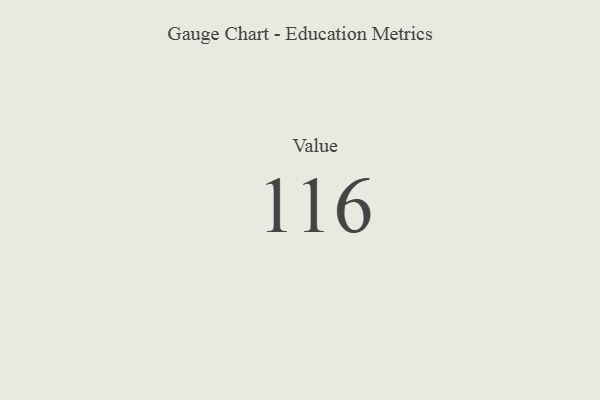
{"axis": {"x": "Metric", "y": "Value"}, "legend": [""], "data": [{"x": "Value", "y": 116, "type": ""}]}